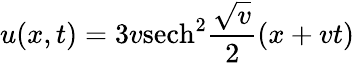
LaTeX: u(x,t)=3v\mathrm{sech}^{2}{\frac{\sqrt{v}}{2}}(x+vt)